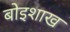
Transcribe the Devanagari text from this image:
बोइशाख